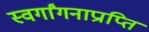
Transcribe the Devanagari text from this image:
स्वर्गांगनाप्राप्ति